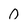
Character: 0